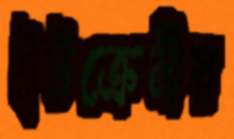
ইউক্রেনীয়